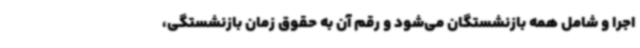
اجرا و شامل همه بازنشستگان می‌شود و رقم آن به حقوق زمان بازنشستگی،